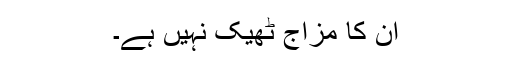
ان کا مزاج ٹھیک نہیں ہے۔